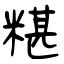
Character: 糂